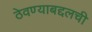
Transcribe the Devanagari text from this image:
ठेवण्याबद्दलची